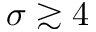
\sigma \gtrsim 4